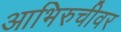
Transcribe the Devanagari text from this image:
आभिरुचीवर